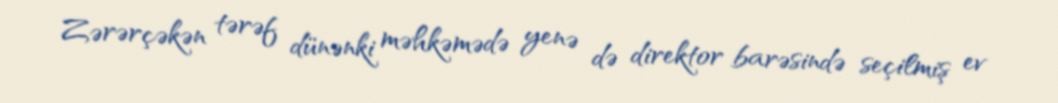
Zərərçəkən tərəf dünənki məhkəmədə yenə də direktor barəsində seçilmiş ev